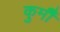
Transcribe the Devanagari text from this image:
कुर्मीै